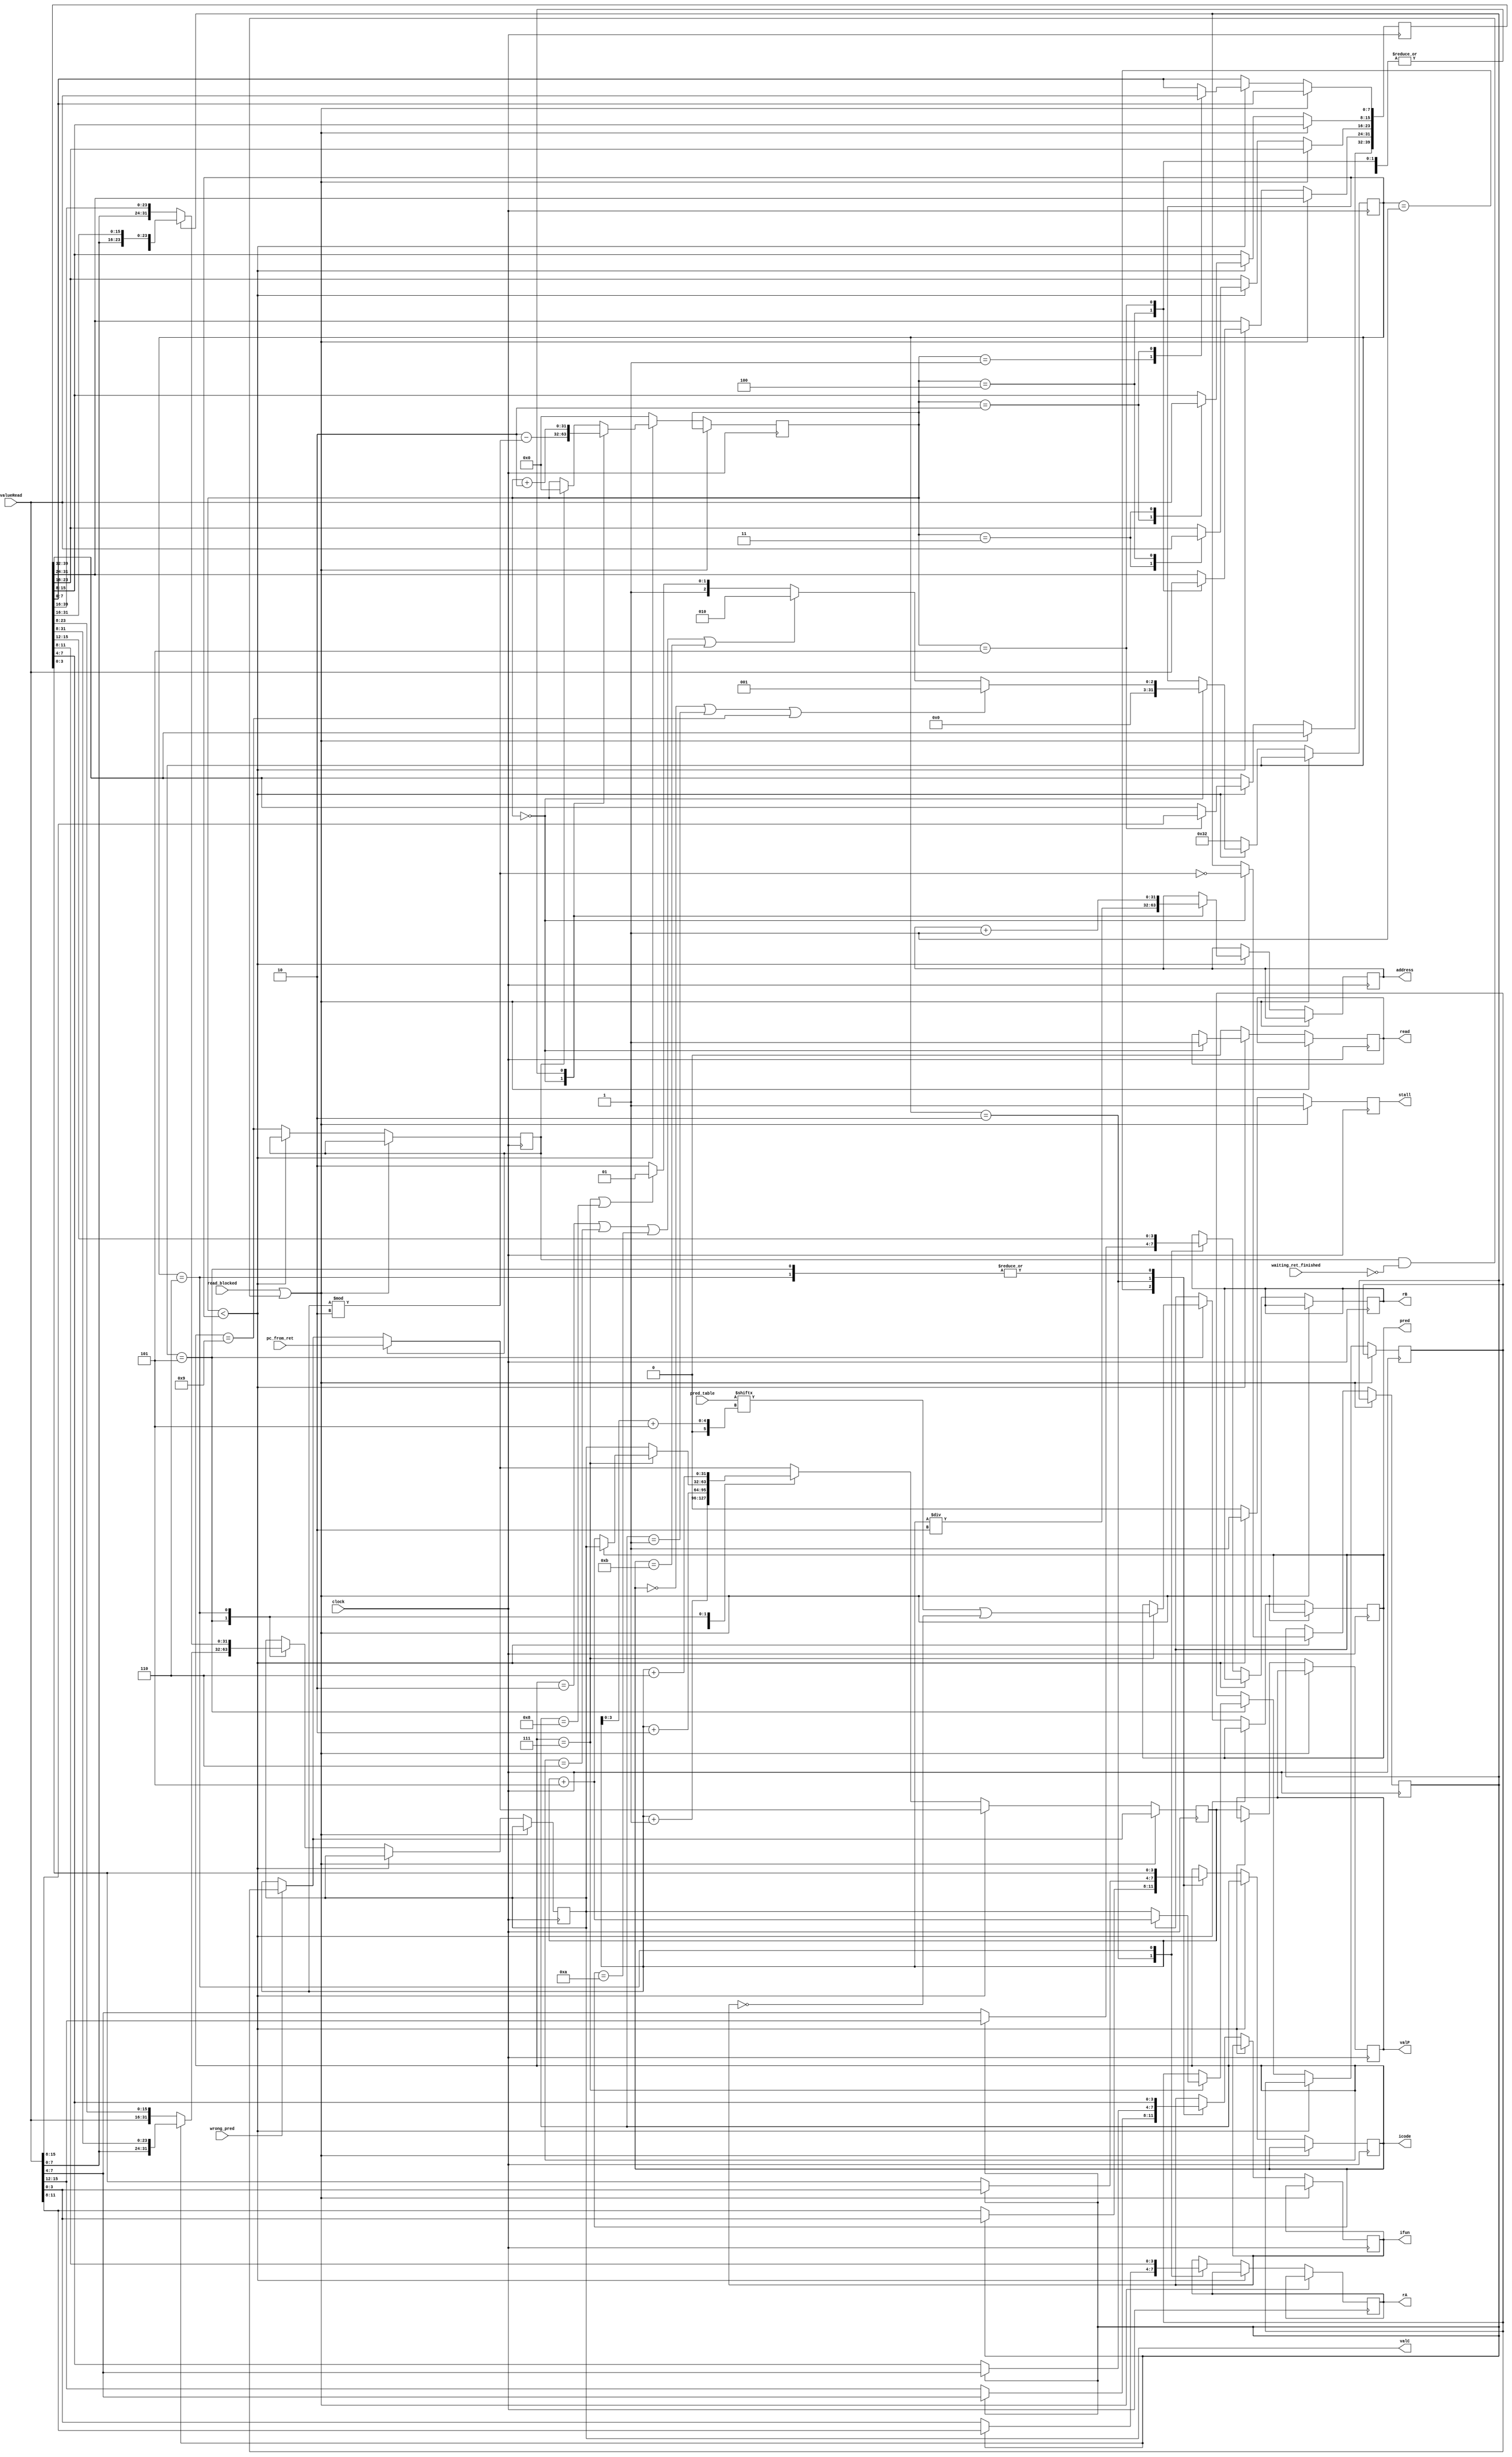
module fetch(
	stall,
	//to next stage
	icode, ifun, rA, rB, valC, valP, pred, 
	//external
	clock, address, read, read_blocked, valueRead,
	//from branch prediction
	pred_table, wrong_pred,
	//from "ret" processing
	pc_from_ret, waiting_ret_finished
);

	input clock;
	input [15:0] pred_table;
	input wrong_pred;
	input [31:0] pc_from_ret;
	input waiting_ret_finished;
	
	input read_blocked;
	input [15:0] valueRead;
	
	output reg [31:0] address;
	output reg read;
	
	output reg [3:0] icode; 
	output reg [3:0] ifun; 
	output reg [3:0] rA; 
	output reg [3:0] rB;
	output reg [31:0] valC; 
	output reg [31:0] valP; 
	output reg pred;
	output reg stall;
	
	reg [31:0] handledX;
	reg [31:0] size;
	reg [31:0] pc;
	reg [31:0] otherPC;
	reg waiting_ret;
	reg aligned;
	reg [47:0] inst;

	initial begin
		handledX <= 0;
		size <= 50;
		waiting_ret <= 0;
	end
	
	function branch_pred;
		input [31:0] pc;
		begin
			//the table has an index of 4 bits and a value of 2 bits
			branch_pred = pred_table[pc[3:0] + 5]; 
		end
	endfunction
	
	always @ (posedge clock) begin
		if (wrong_pred) begin
			pc <= otherPC;
		end
	
		if (read_blocked || waiting_ret && ~ waiting_ret_finished) begin
			stall <= 1;
		end
		else begin
			if (waiting_ret) begin
				pc <= pc_from_ret;
				handledX <= 0;
			end
		
			if (handledX < size) begin
				stall <= 1;
			
				case (handledX) 
					0: begin
						read <= 1;
						address <= pc / 2;
						size <= (icode == 0 || icode == 1 || icode == 9) ? 1 :
								  ((icode == 2 || icode == 6 || icode == 'hA || icode == 'hB) ? 2 :
								  ((icode ==  7 || icode == 8) ? 5 : 6));
						aligned <= pc % 2 == 0;
						handledX <= 2 - (pc % 2);
					end
					1: begin
						inst[7:0] <= valueRead[15:8];
						address <= address + 1;
						handledX <= handledX + 2;
					end
					2: begin
						inst[15:0] <= valueRead[15:0];
						address <= address + 1;
						handledX <= handledX + 2;
					end
					3: begin
						inst[23:8] <= valueRead[15:0];
						address <= address + 1;
						handledX <= handledX + 2;
					end
					4: begin
						inst[31:16] <= valueRead[15:0];
						address <= address + 1;
						handledX <= handledX + 2;
					end
					5: begin
						inst[39:24] <= valueRead[15:0];
						address <= address + 1;
						handledX <= handledX + 2;
					end
				endcase
			end
			else begin
				stall <= 0;
				read <= 0;
				handledX <= 0;
				waiting_ret <= icode == 9; 
				size <= 50;
				
				case (size)
					1: begin
						pc <= pc + 1;
					
						if (aligned) begin
							icode <= valueRead[3:0];
							ifun <= valueRead[7:4]; 
						end
						else begin
							icode <= valueRead[11:8];
							ifun <= valueRead[15:12];
						end
					end
					2: begin
						pc <= pc + 2;
						
						if (aligned) begin
							icode <= valueRead[3:0];
							ifun <= valueRead[7:4];
							rA <= valueRead[11:8];
							rB <= valueRead[15:12];
						end
						else begin
							icode <= inst[3:0];
							ifun <= inst[7:4];
							rA <= valueRead[3:0];
							rB <= valueRead[7:4];
						end
					end
					5: begin
						if (aligned) begin
							icode <= inst[3:0];
							ifun <= inst[7:4];
							valC <= {valueRead[7:0], inst[31:8]};
						end
						else begin
							icode <= inst[3:0];
							ifun <= inst[7:4];
							valC <= {valueRead[15:0], inst[23:8]};
						end
						
						if (icode == 7) begin
							//jmp
							pred <= branch_pred(pc) || ifun == 0; //if it is a (inconditional) jmp then of course the prediction should be 1 (taken)
							
							if (pred) begin
								pc <= valC;
								otherPC <= pc + 5;
							end 
							else begin
								pc <= pc + 5;
								otherPC <= valC;
							end
						end
						else begin
							//call
							pc <= valC;
						end
					end
					6: begin
						pc <= pc + 6;
						
						if (aligned) begin
							icode <= inst[3:0];
							ifun <= inst[7:4];
							rA <= inst[11:8];
							rB <= inst[15:12];
							valC <= {valueRead[15:0], inst[31:16]};
						end
						else begin
							icode <= inst[3:0];
							ifun <= inst[7:4];
							rA <= inst[11:8];
							rB <= inst[15:12];
							valC <= {valueRead[7:0], inst[39:16]};
						end
					end
				endcase
				
				valP <= pc;
			end
		end
	end
endmodule